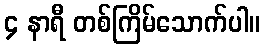
၄ နာရီ တစ်ကြိမ်သောက်ပါ။